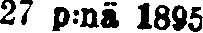
27 p:nä 1895